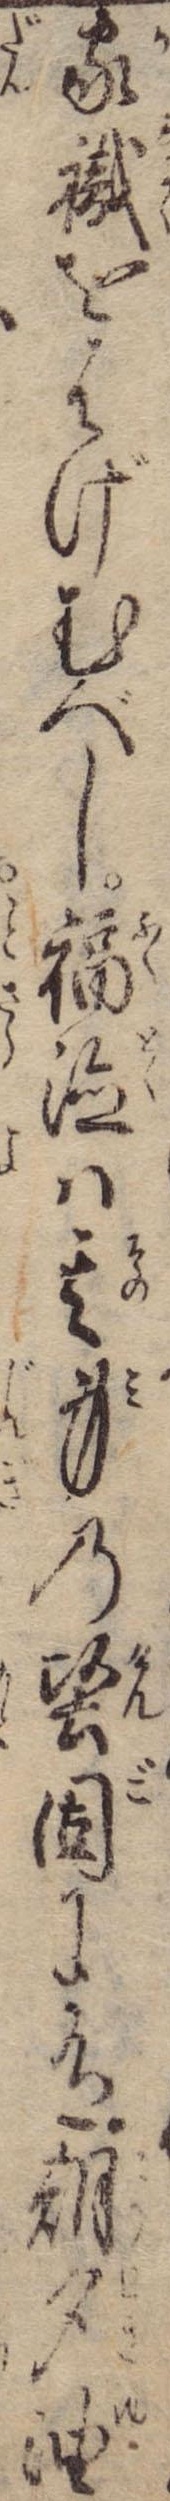
家職をはげむべし福徳は其身の堅固に有朝夕油